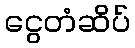
ငွေတံဆိပ်